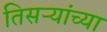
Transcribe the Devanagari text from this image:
तिसऱ्यांच्या